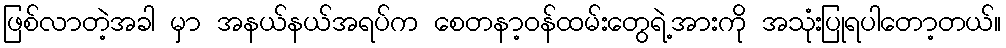
ဖြစ်လာတဲ့အခါ မှာ အနယ်နယ်အရပ်က စေတနာ့ဝန်ထမ်းတွေရဲ့အားကို အသုံးပြုရပါတော့တယ်။